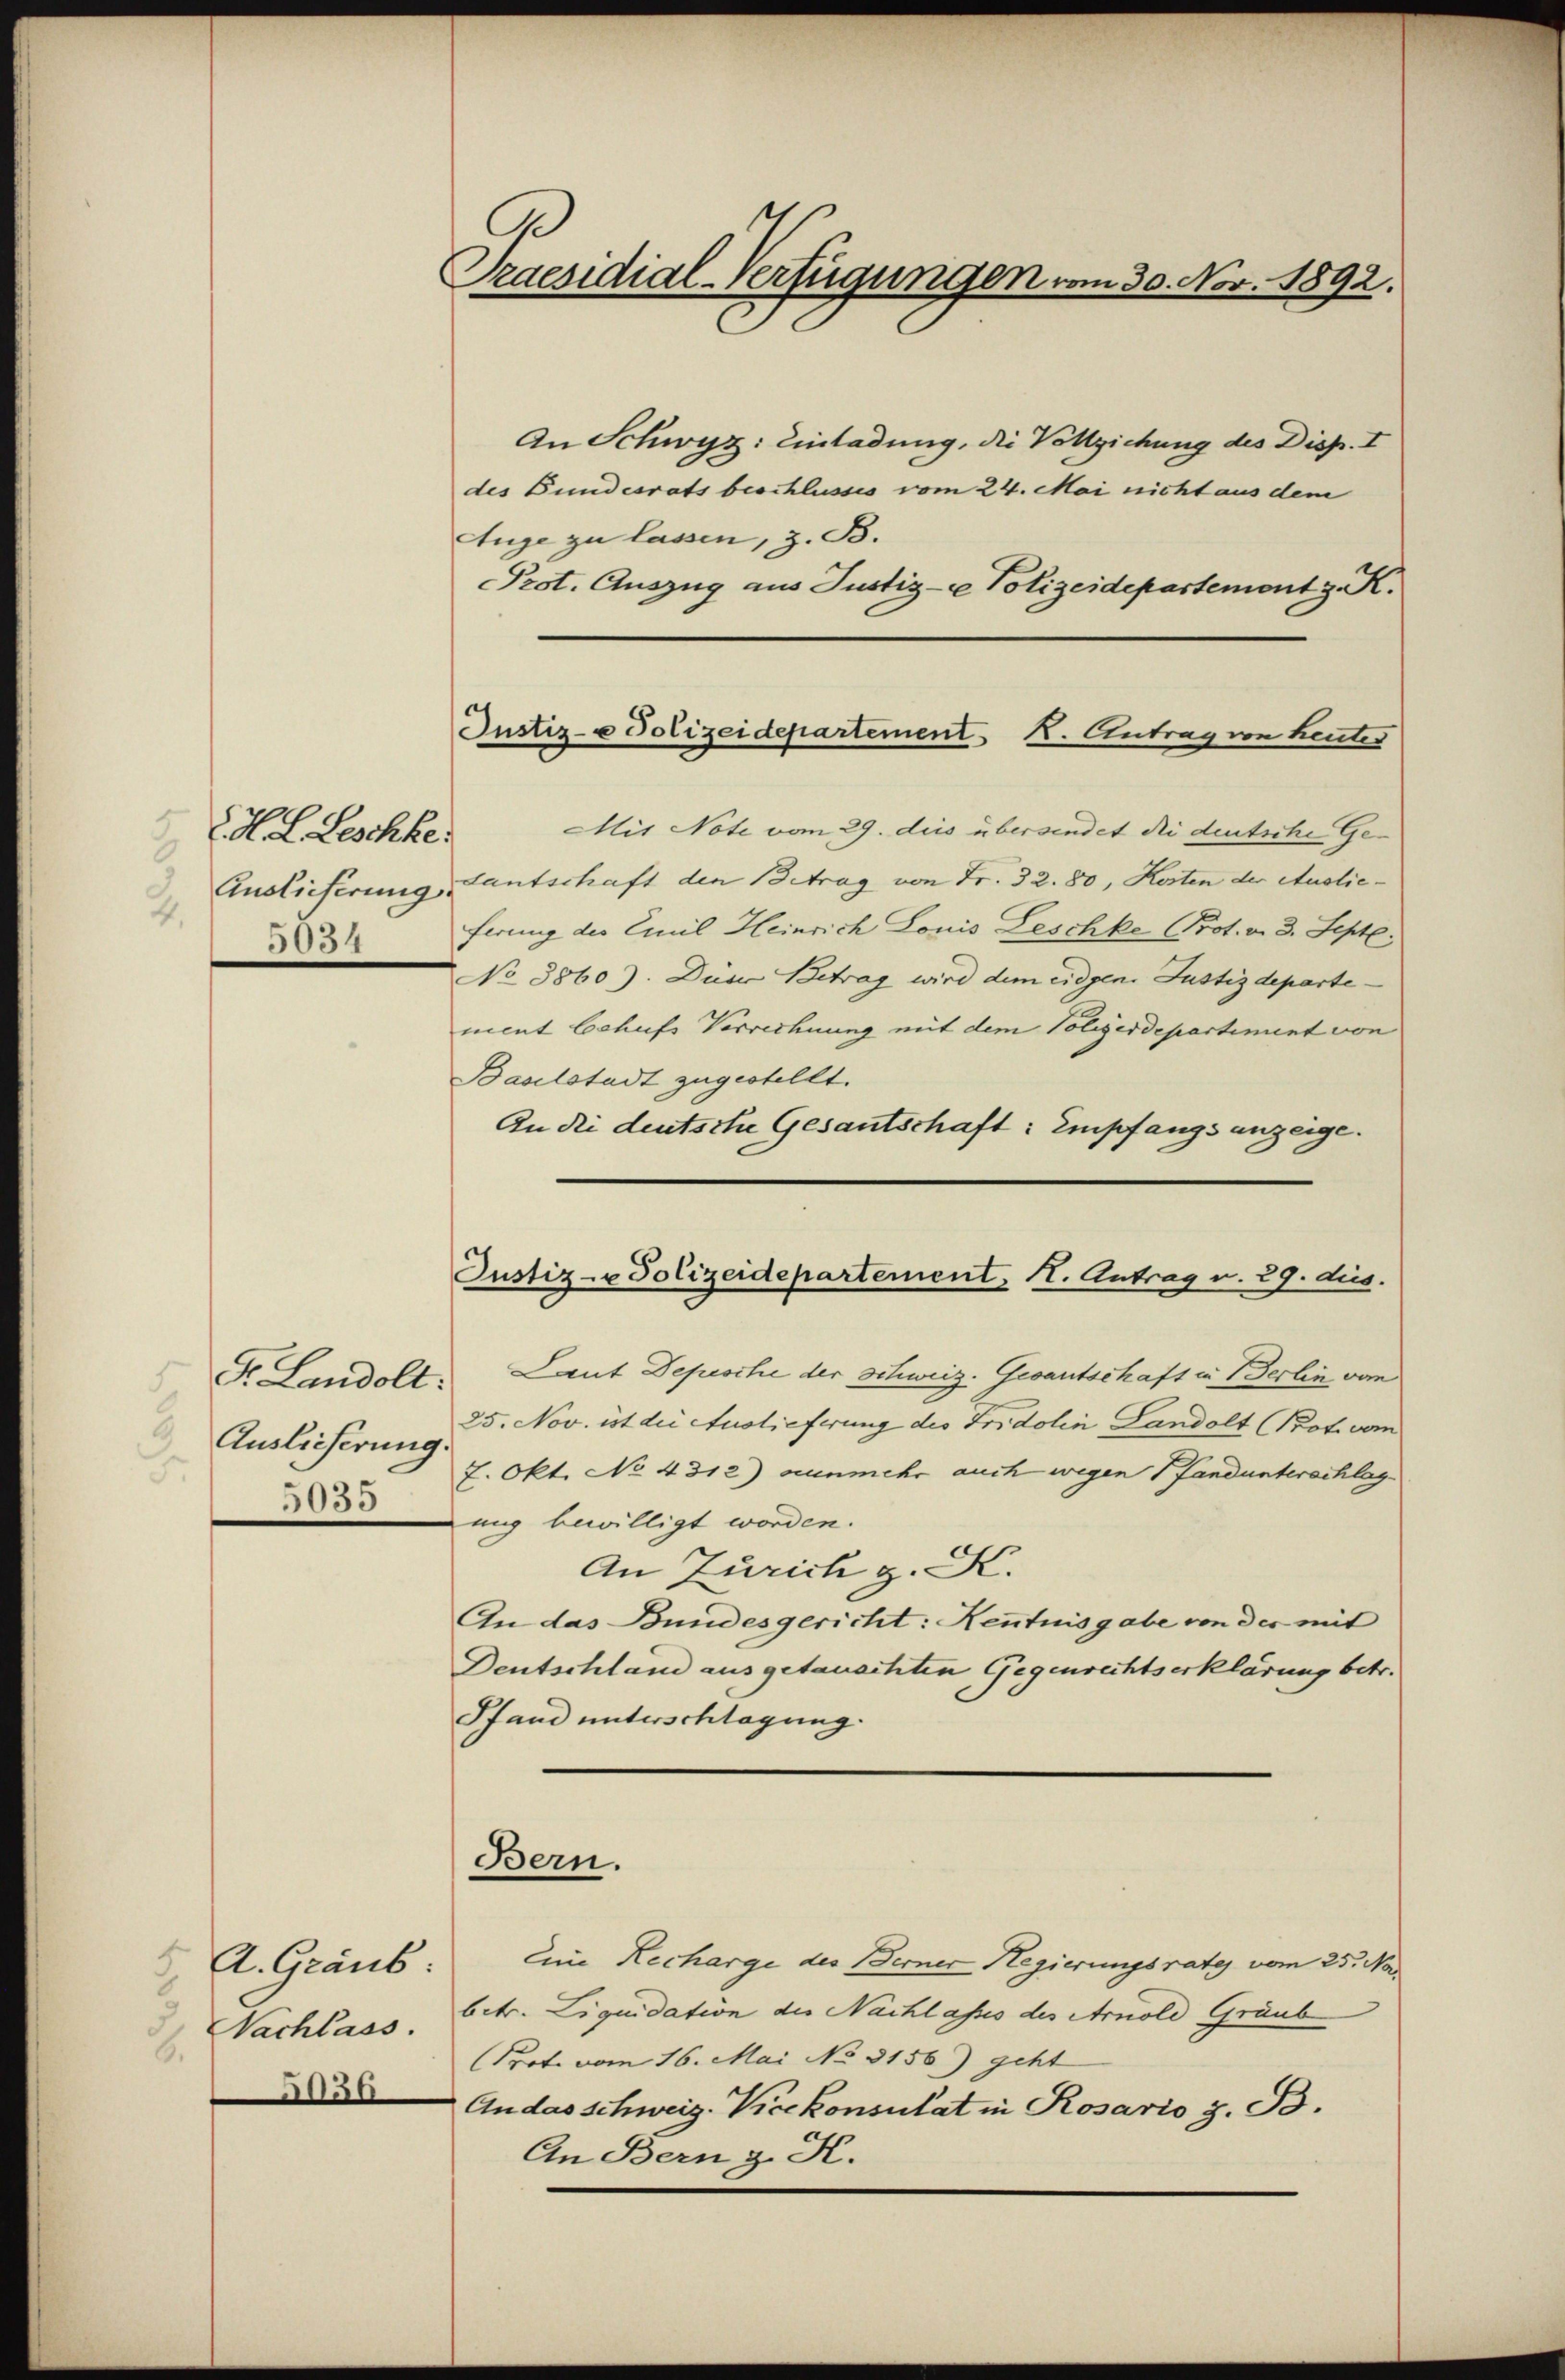
H. L. Leschke
2.
5054

Auslieferung.
F.
5035

A. Graub
.
050

Praesidial-Verfügungen vom 30. Nov. 1892.

An Schwyz: Einladung, die Vollziehung des Disp. I
des Bundesrats beschlusses vom 24. Mai nicht aus dem
Auge zu lassen, z. B.
Prot. Auszug aus Justiz- & Polizeidepartement z. K.
Mis Note vom 29. dies übersendet die deutsche Ge¬
Auslieferung, Lantschaft den Betrag von Fr. 32. 80, Kosten der Auslieferung des Emil Heinrich Louis Leschke (Prot. v. 3. Sept.
No 8860). Düne Betrag wird dem eidgen. Justizdepartement behufs Verrechnung mit dem Polizerdepartiment von
Baselstadt zugestellt.
An die deutsche Gesantschaft: Empfangs anzeige¬
Dr. Landolt. Laut Depesche der Schweiz. Gesantschaft in Berlin vom
25. Nov. ist die Auslieferung des Fridolin Landolt (Prot. vom
7. Okt. No 4312) nunmehr auch wegen Pfandunterschlag
ung bewilligt worden.
An Zürich z. K.
An das Bundesgericht: Kenntnisgabe von der mit
Deutschland ausgetauschten Gegenrechtserklärung betr.
Pfand unterschlagung.
Bern.
Eine Recharge der Berner Regierungsrate vom 25. Na
Nachlass, betr. Liquidation des Nachlasses des Arnold Graub
Prote vom 16. Mai No 3156) geht
An das Schweiz. Vicekonsulat in Rosario z. B.
An Bern z. K.

Justiz- & Polizeidepartement K. Antrag von heutes

Justiz- u Polizeidepartement, 11. Antrag v. 29. dies.